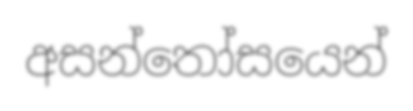
අසන්තෝසයෙන්